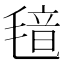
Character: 𬇂